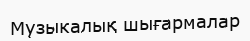
Музыкалық шығармалар